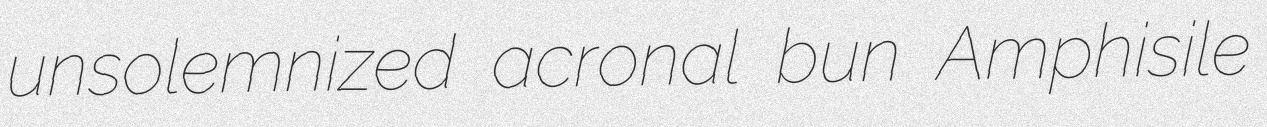
unsolemnized acronal bun Amphisile